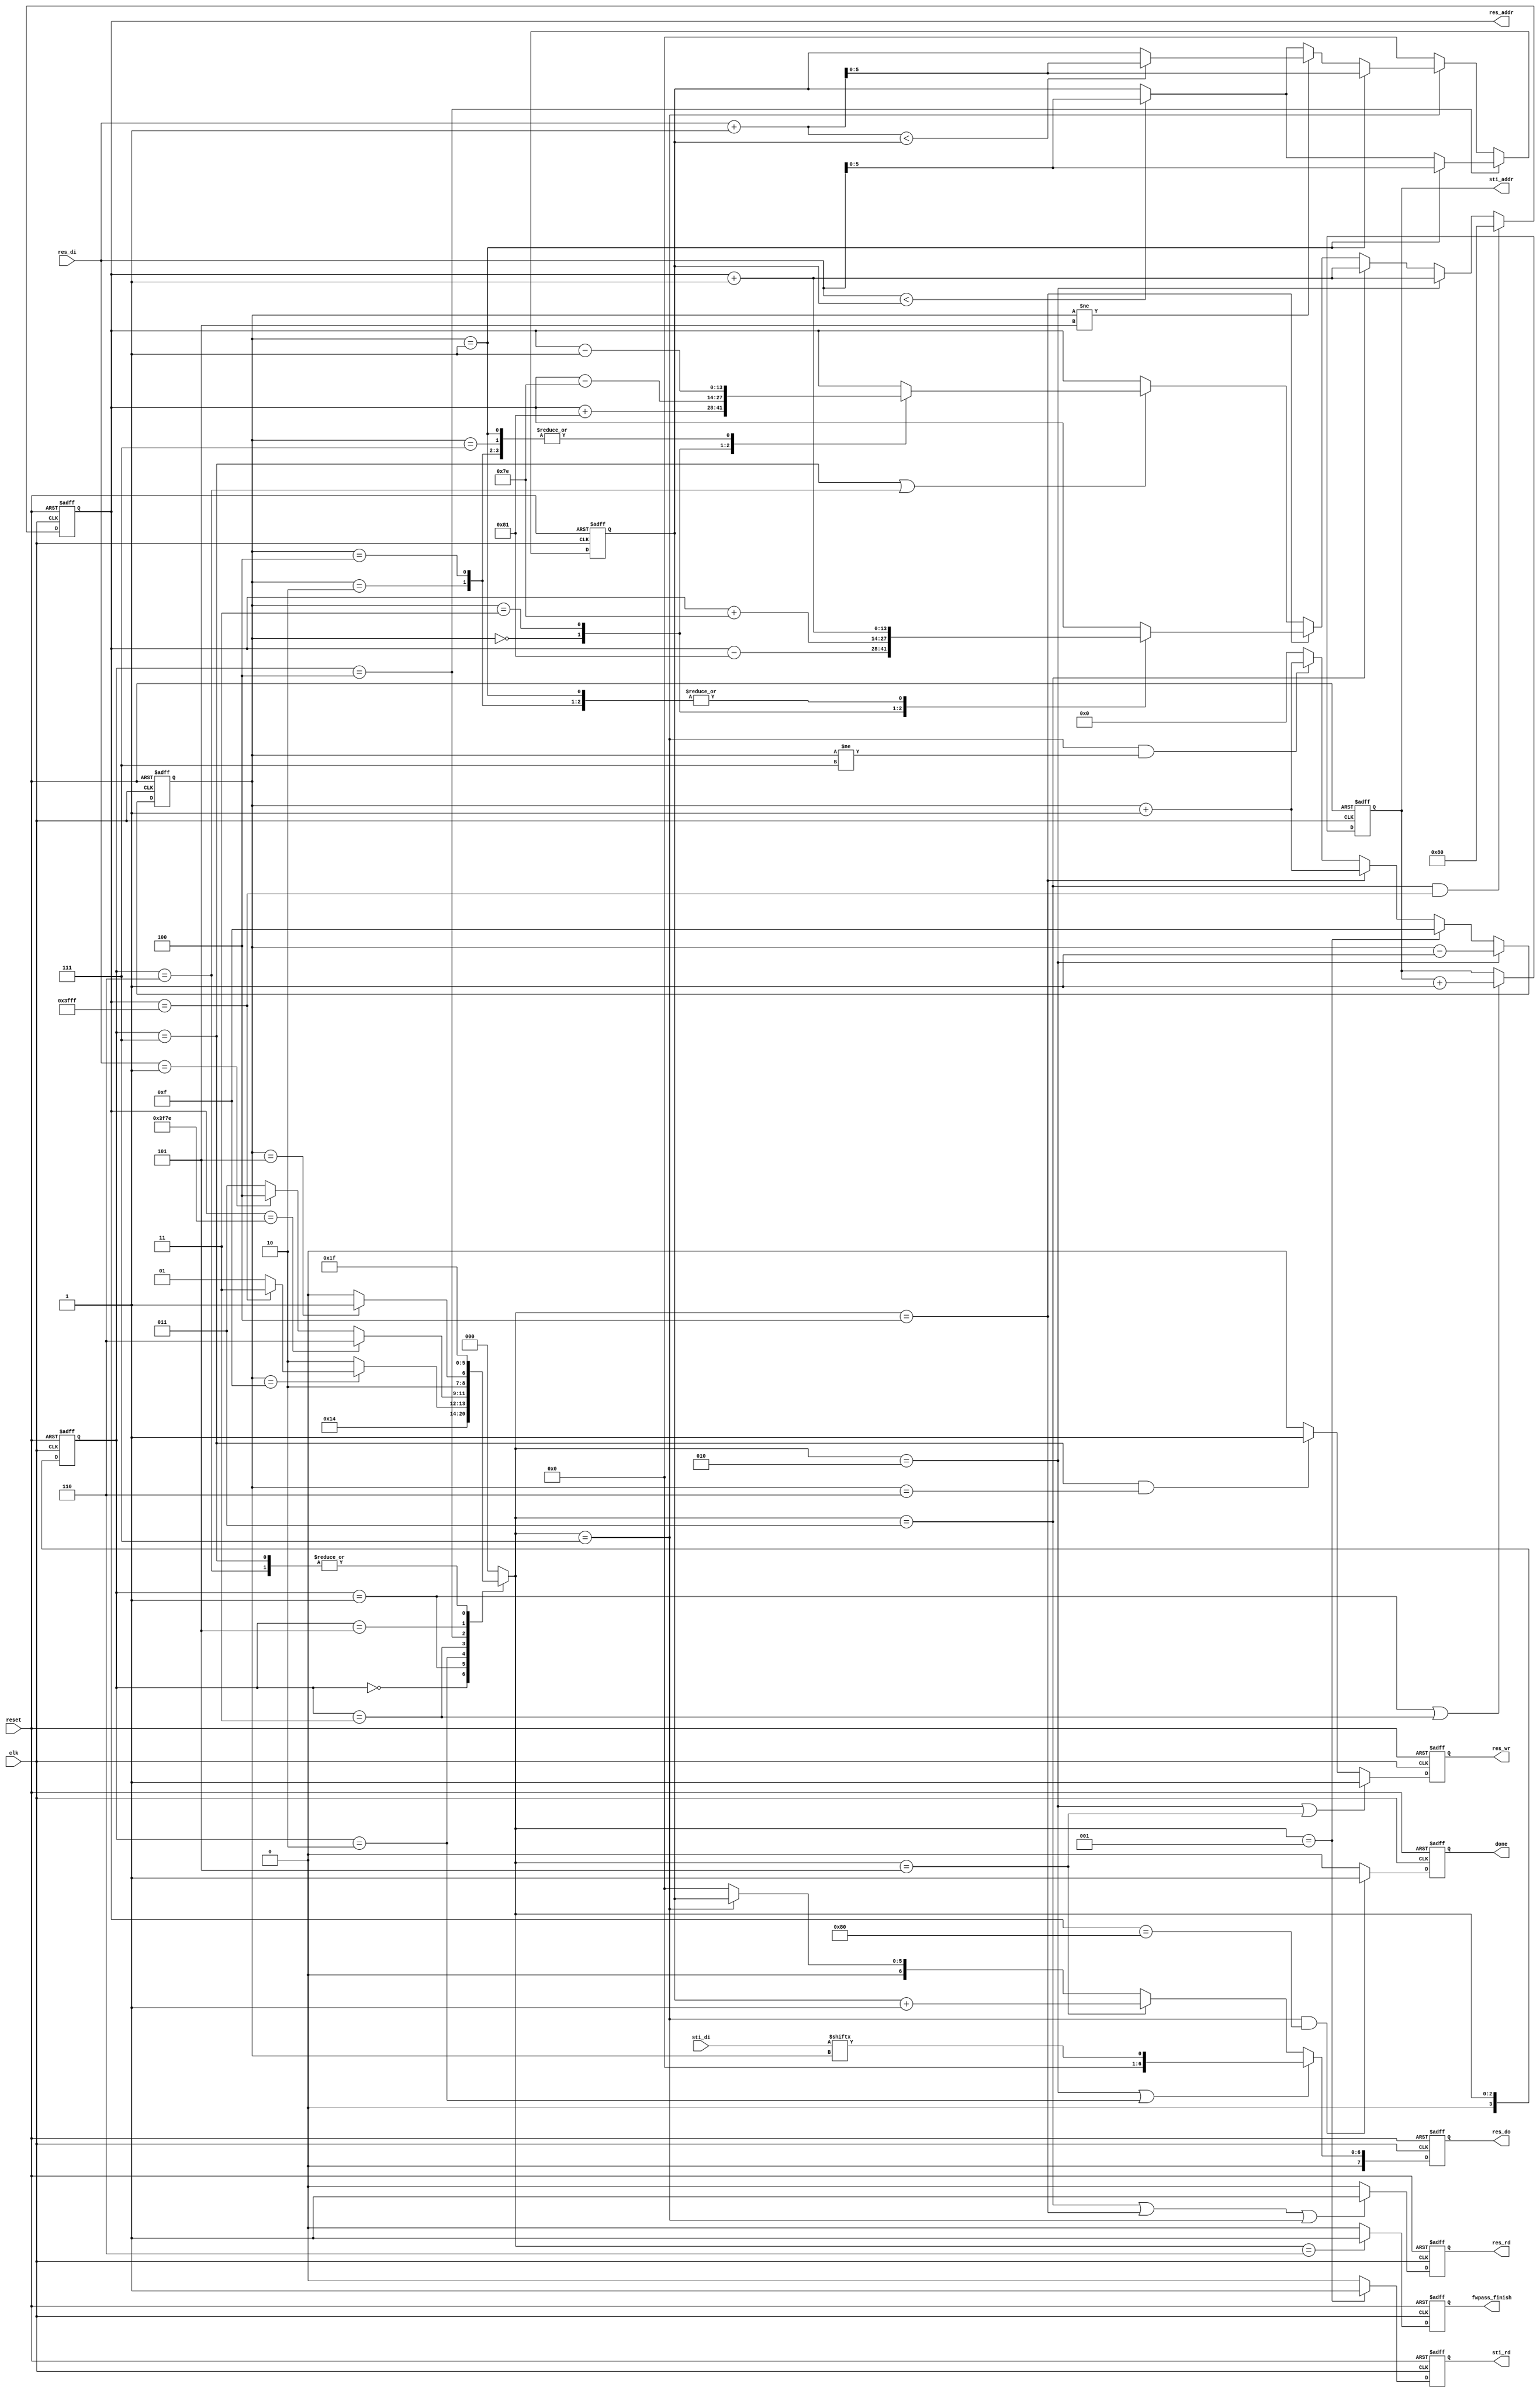
`timescale 1ns/10ps
module DT(
	input 			clk, 
	input			reset,
	output	reg		done ,
	output	reg		sti_rd ,
	output	reg 	[9:0]	sti_addr ,
	input		[15:0]	sti_di,
	output	reg		res_wr ,
	output	reg		res_rd ,
	output	reg 	[13:0]	res_addr ,
	output	reg 	[7:0]	res_do,
	input		[7:0]	res_di,
	output  reg fwpass_finish
	);

reg[3:0] current_state;
reg[3:0] next_state;
// counter - [15:0]sti_di
reg[3:0] counter;
reg[5:0] min;

parameter INIT = 4'd0;
// ROMRAM
parameter READ_ROM_I = 4'd1;
parameter READ_ROM = 4'd2;
// FOWARD
parameter FORWARD_R = 4'd3;
parameter FORWARD = 4'd4;
parameter FORWARD_W = 4'd5;
parameter FORWARD_FINISH = 4'd6;
// BACKWARD
parameter BACKWARD = 4'd7;

always@(posedge clk or negedge reset)
begin
	if(!reset) current_state <= INIT;
	else current_state <= next_state;
end 


// enable
always@(*)
begin
	case(current_state)
	INIT:
	begin
		next_state = READ_ROM_I;
	end
	READ_ROM_I:
	begin
		next_state = READ_ROM;
	end
	//  [15:0] counterREAD_ROM_I
	READ_ROM:
	begin
		if(counter == 4'd15) 
		begin 
			if(res_addr == 14'd16383) next_state = FORWARD_R;
			else next_state = READ_ROM_I; 
		end
        else next_state = READ_ROM;
	end

    FORWARD_R:
	begin
		if(res_addr == 14'd16254) next_state = FORWARD_FINISH;
		// 10
        else if(res_di == 8'd1) next_state = FORWARD;
		else next_state = FORWARD_R;
	end

    FORWARD:
    begin
		if(counter == 14'd5) next_state = FORWARD_W;
        else next_state = FORWARD;
	end

    FORWARD_W:
    begin
		next_state = FORWARD_R;
	end

	FORWARD_FINISH:
	begin
		next_state = BACKWARD;
	end

	BACKWARD:
	begin
		next_state = BACKWARD;
	end

	default: next_state = INIT;
	endcase
end

// sti_rd - enable ROM_R
always@(posedge clk or negedge reset)
begin 
	if(!reset)	sti_rd <= 1'd0;
	else if(next_state == READ_ROM_I) sti_rd <= 1'd1;
	else sti_rd <= 1'd0;
end

// sti_addr - ROM address
always@(posedge clk or negedge reset)
begin
	if(!reset) sti_addr <= 10'd0;
	else if(current_state == READ_ROM_I || current_state == FORWARD_R) sti_addr <= sti_addr + 1'd1;
	else sti_addr <= sti_addr;
end 

// res_addr - RAM address
always@(posedge clk or negedge reset)
begin
	if(!reset) res_addr <= 14'd16383;
	else if(next_state == FORWARD_R && res_addr == 14'd16383) res_addr <= 14'd128;
	else if(next_state == READ_ROM ) res_addr <= res_addr + 1'd1;
	else if(next_state == FORWARD_R) res_addr <= res_addr + 1'd1;
    else if(next_state == FORWARD)
    begin
        case(counter)
        4'd0:res_addr <= res_addr - 14'd129;
        4'd1:res_addr <= res_addr + 14'd1;
        4'd2:res_addr <= res_addr + 14'd1;
        4'd3:res_addr <= res_addr + 14'd126;
        4'd4:res_addr <= res_addr + 14'd1;
		default: res_addr <= res_addr;
        endcase
    end
	// else if(current_state == FORWARD_FINISH) res_addr <= 14'd16254;
	else if(current_state == BACKWARD || current_state == FORWARD_FINISH ) 
	begin
		case(counter)
        4'd0:res_addr <= res_addr + 14'd129;
        4'd1:res_addr <= res_addr - 14'd1;
        4'd2:res_addr <= res_addr - 14'd1;
        4'd3:res_addr <= res_addr - 14'd126;
        4'd4:res_addr <= res_addr - 14'd1;
		4'd7:res_addr <= res_addr - 14'd1;
		default: res_addr <= res_addr;
        endcase
	end
	else res_addr <= res_addr;
end 

// counter - count for ROM data
always@(posedge clk or negedge reset)
begin 
	if(!reset) counter <= 4'd15;
	else if(next_state == READ_ROM) counter <= counter - 1'd1;
	else if(next_state == READ_ROM_I) counter <= 4'd15;
	// !!current_state3
    else if(next_state == FORWARD) counter <= counter + 1'd1;
	else if(next_state == BACKWARD && counter != 4'd7) counter <= counter + 1'd1;
	else counter <= 4'd0;
end

// res_rd - enable RAM -> DT 
always@(posedge clk or negedge reset)
begin 
	if(!reset) res_rd <= 1'd0;
	// 
	else if(next_state == FORWARD_R || next_state == FORWARD || next_state == BACKWARD) res_rd <= 1'd1;
	else res_rd <= 1'd0;
end  

// res_wr - enable ROM -> DT 
always@(posedge clk or negedge reset)
begin 
	if(!reset) res_wr <= 1'd0;
	else if(next_state == READ_ROM || next_state == FORWARD_W) res_wr <= 1'd1;
	else if(current_state == BACKWARD && counter == 4'd6) res_wr <= 1'd1;
	else res_wr <= 1'd0;
end

// res_do - DT -> RAM
always@(posedge clk or negedge reset)
begin 
	if(!reset) res_do <= 8'd0;
	else if(next_state == READ_ROM || current_state == READ_ROM) res_do <= sti_di[counter];
	else if(next_state == FORWARD_W) res_do<= min + 8'd1;
	else if(next_state == BACKWARD) res_do <= min;
	else res_do <= 8'd0;
end

// min - record minumum pixel
always@(posedge clk or negedge reset)
begin 
	if(!reset) min <= 6'd0;
	else if(current_state == FORWARD) 
    begin
        if(counter == 4'd1) min <= res_di;
        else if(res_di < min) min <= res_di;
    end
	else if(next_state == BACKWARD)
	begin 
		if(counter == 4'd1) min <= res_di + 1;
		else if(counter != 4'd5)
			begin
				if(res_di + 1 < min) min <= res_di + 1;
			end
		else 
			begin
				if(res_di < min) min <= res_di;
			end
	end
	else min <= 8'd0;
end

// fwpass_finish 
always@(posedge clk or negedge reset)
begin 
	if(!reset) fwpass_finish <= 1'd0;
	else if(next_state == FORWARD_FINISH) fwpass_finish <= 1'd1;
	else fwpass_finish <= 1'd0;
end

// Done
always@(posedge clk or negedge reset)
begin
	if(!reset) done <= 1'd0;
	else if(next_state == BACKWARD && res_addr == 14'd128) done <= 1'd1;
	else done <= 1'd0;
end

endmodule